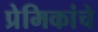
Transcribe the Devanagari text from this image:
प्रेमिकांचे